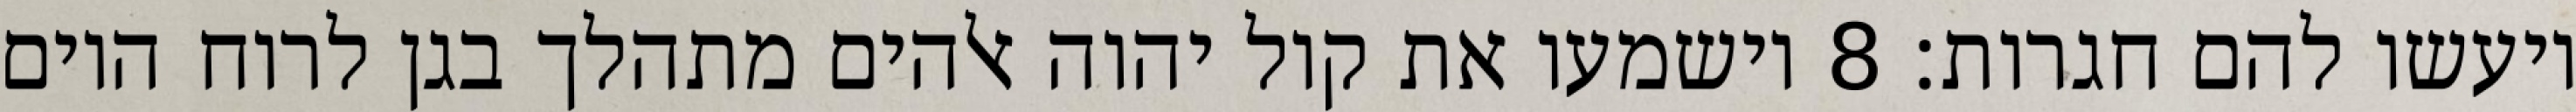
ויעשו להם חגרות׃ ‎8‏ וישמעו את קול יהוה אלהים מתהלך בגן לרוח היום